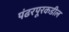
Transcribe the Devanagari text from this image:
पंढरपूरकडील